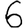
Digit: 6